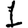
Digit: 1